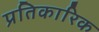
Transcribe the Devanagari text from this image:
प्रतिकारिक